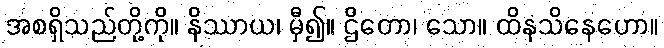
အစရှိသည်တို့ကို။ နိဿာယ၊ မှီ၍။ ဌိတော၊ သော။ ထိနသိနေဟော။